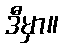
ဒီမှာ။